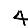
Digit: 4